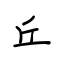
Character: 丘